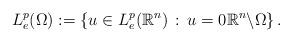
LaTeX: \begin{align*}L_{e}^{p}(\Omega) := \left\{ u \in L_{e}^{p}(\mathbb{R}^{n}) \, : \, u = 0 \mathbb{R}^{n}\backslash\Omega \right\}.\end{align*}